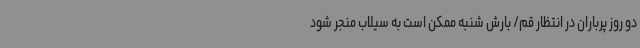
دو روز پرباران در انتظار قم/ بارش شنبه ممکن است به سیلاب منجر شود